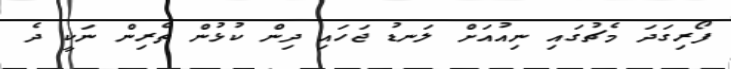
ފޯރިގަދަ މެޗުގައި ނިއުއަށް ލަނޑު ޖަހައި ދިން ކުޅުން ތެރިން ނަކީ ދެ